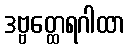
ဒဗ္ဗတ္ထေရဂါထာ